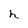
Character: h